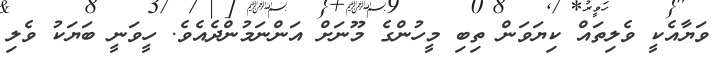
ވަޔާއެކީ ވެލިތައް ކިޔަވަން ތިބި މީހުންގެ މޫނަށް އަންނަމުންދެއެވެ. ހީވަނީ ބަޔަކު ވެލި